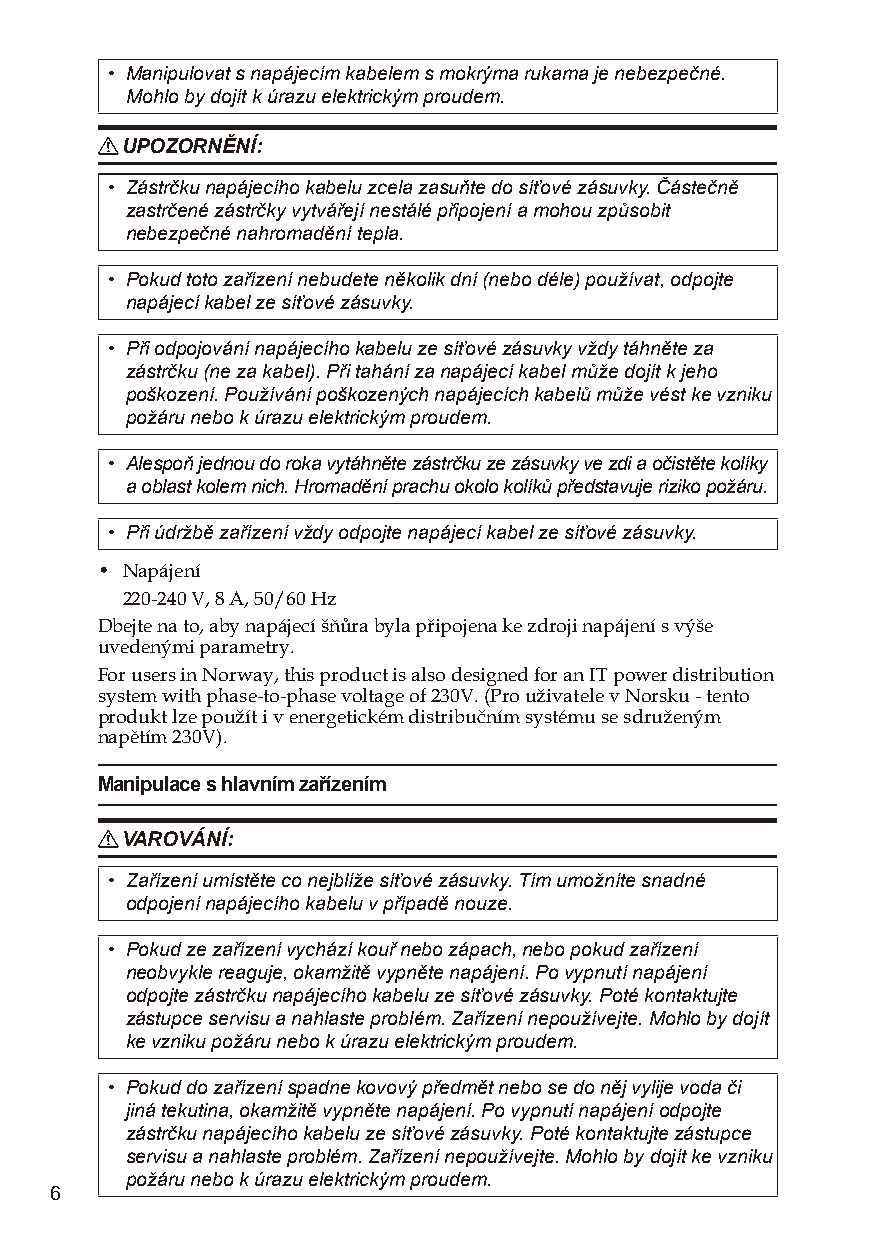
• Manipulovat s napájecím kabelem s mokrýma rukama je nebezpečné.
 Mohlo by dojít k úrazu elektrickým proudem.
 R UPOZORNĚNÍ:
 • Zástrčku napájecího kabelu zcela zasuňte do síťové zásuvky. Částečně
 zastrčené zástrčky vytvářejí nestálé připojení a mohou způsobit
 nebezpečné nahromadění tepla.
 • Pokud toto zařízení nebudete několik dní (nebo déle) používat, odpojte
 napájecí kabel ze síťové zásuvky.
 • Při odpojování napájecího kabelu ze síťové zásuvky vždy táhněte za
 zástrčku (ne za kabel). Při tahání za napájecí kabel může dojít k jeho
 poškození. Používání poškozených napájecích kabelů může vést ke vzniku
 požáru nebo k úrazu elektrickým proudem.
 • Alespoň jednou do roka vytáhněte zástrčku ze zásuvky ve zdi a očistěte kolíky
 a oblast kolem nich. Hromadění prachu okolo kolíků představuje riziko požáru.
 • Při údržbě zařízení vždy odpojte napájecí kabel ze síťové zásuvky.
 • Napájení
 220-240 V, 8 A, 50/60 Hz
 Dbejte na to, aby napájecí šňůra byla připojena ke zdroji napájení s výše
 uvedenými parametry.
 For users in Norway, this product is also designed for an IT power distribution
 system with phase-to-phase voltage of 230V. (Pro uživatele v Norsku - tento
 produkt lze použít i v energetickém distribučním systému se sdruženým
 napětím 230V).
 Manipulace s hlavním zařízením
 R VAROVÁNÍ:
 • Zařízení umístěte co nejblíže síťové zásuvky. Tím umožníte snadné
 odpojení napájecího kabelu v případě nouze.
 • Pokud ze zařízení vychází kouř nebo zápach, nebo pokud zařízení
 neobvykle reaguje, okamžitě vypněte napájení. Po vypnutí napájení
 odpojte zástrčku napájecího kabelu ze síťové zásuvky. Poté kontaktujte
 zástupce servisu a nahlaste problém. Zařízení nepoužívejte. Mohlo by dojít
 ke vzniku požáru nebo k úrazu elektrickým proudem.
 • Pokud do zařízení spadne kovový předmět nebo se do něj vylije voda či
 jiná tekutina, okamžitě vypněte napájení. Po vypnutí napájení odpojte
 zástrčku napájecího kabelu ze síťové zásuvky. Poté kontaktujte zástupce
 servisu a nahlaste problém. Zařízení nepoužívejte. Mohlo by dojít ke vzniku
 požáru nebo k úrazu elektrickým proudem.
 6